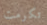
تكرمت